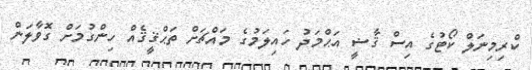
ކްރިމިނަލް ކޯޓުގެ އިސް ޤާޟީ އަޙްމަދު ހައިލަމުގެ މައްޗަށް ތަޙްޤީޤެއް ހިންގުމަށް ގޮވާލަން